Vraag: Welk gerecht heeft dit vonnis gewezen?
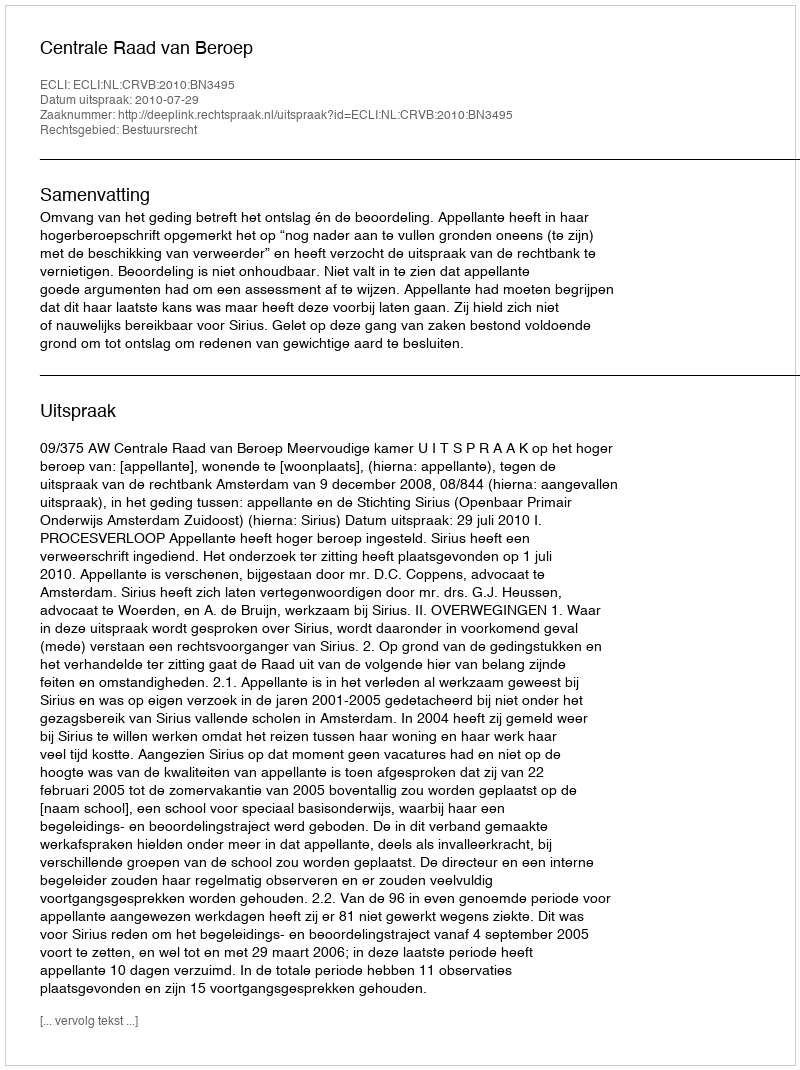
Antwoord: Centrale Raad van Beroep